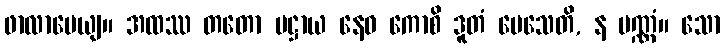
ဖာလာပေယျ။ အထဿ တတော ပဋ္ဌာယ နေဝ ကောစိ ဒူတံ ပေသေတိ, န ပဏ္ဏံ။ သော